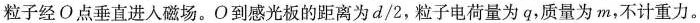
粒子经О点垂直进入磁场。O到感光板的距离为d/2，粒子电荷量为q，质量为m，不计重力。